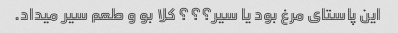
این پاستای مرغ بود یا سیر؟؟؟ کلا بو و طعم سیر میداد.